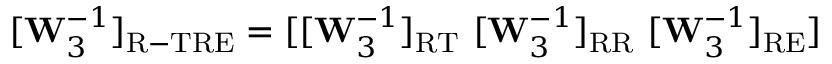
[ \mathbf { W } _ { 3 } ^ { - 1 } ] _ { \mathrm { R - T R E } } = [ [ \mathbf { W } _ { 3 } ^ { - 1 } ] _ { \mathrm { R T } } \ [ \mathbf { W } _ { 3 } ^ { - 1 } ] _ { \mathrm { R R } } \ [ \mathbf { W } _ { 3 } ^ { - 1 } ] _ { \mathrm { R E } } ]